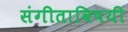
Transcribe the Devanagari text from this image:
संगीताविषयी